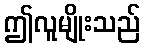
ဤလူမျိုးသည်